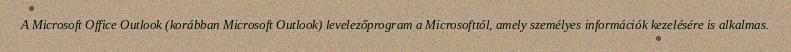
A Microsoft Office Outlook (korábban Microsoft Outlook) levelezőprogram a Microsofttól, amely személyes információk kezelésére is alkalmas.